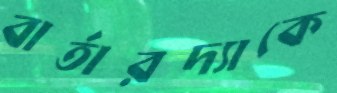
বার্তারদ্যাকে